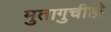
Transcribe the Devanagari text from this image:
मुतागुचीही